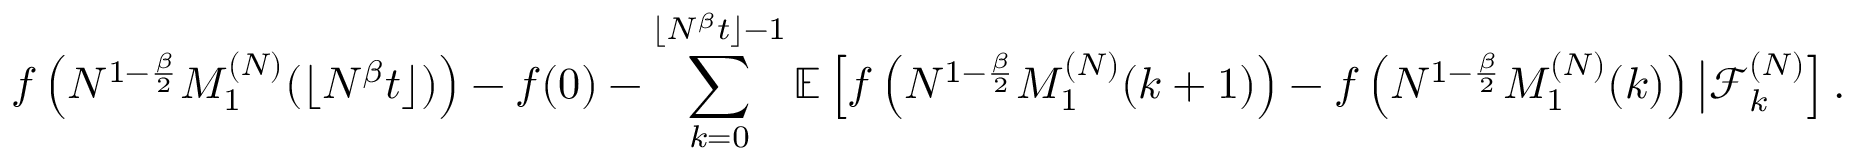
f \left( N ^ { 1 - \frac { \beta } { 2 } } M _ { 1 } ^ { ( N ) } ( \lfloor N ^ { \beta } t \rfloor ) \right) - f ( 0 ) - \sum _ { k = 0 } ^ { \lfloor N ^ { \beta } t \rfloor - 1 } \mathbb { E } \left[ f \left( N ^ { 1 - \frac { \beta } { 2 } } M _ { 1 } ^ { ( N ) } ( k + 1 ) \right) - f \left( N ^ { 1 - \frac { \beta } { 2 } } M _ { 1 } ^ { ( N ) } ( k ) \right) \big | \mathcal { F } _ { k } ^ { ( N ) } \right] .